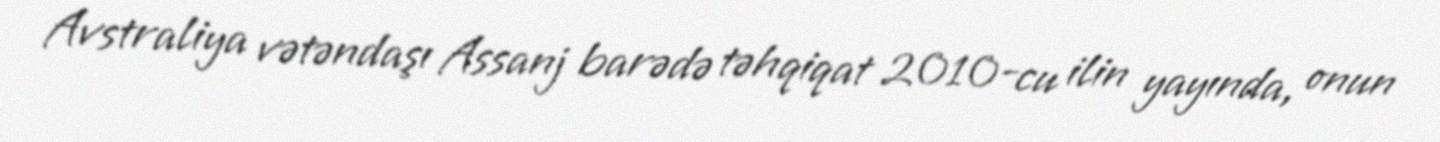
Avstraliya vətəndaşı Assanj barədə təhqiqat 2010-cu ilin yayında, onun